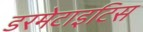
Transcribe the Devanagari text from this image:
डरमेटाइटिस